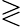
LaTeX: \gtrless